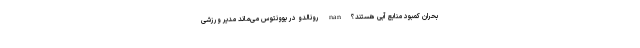
بحران کمبود منابع آبی هستند؟ nan رونالدو در یوونتوس می‌ماند مدیر ورزشی